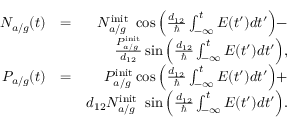
\begin{array} { r l r } { N _ { a / g } ( t ) } & { = } & { N _ { a / g } ^ { \mathrm { i n i t } } \ \cos \Big ( \frac { d _ { 1 2 } } { \hbar } \int _ { - \infty } ^ { t } E ( t ^ { \prime } ) d t ^ { \prime } \Big ) - } \\ & { } & { \frac { P _ { a / g } ^ { \mathrm { i n i t } } } { d _ { 1 2 } } \sin \Big ( \frac { d _ { 1 2 } } { \hbar } \int _ { - \infty } ^ { t } E ( t ^ { \prime } ) d t ^ { \prime } \Big ) , } \\ { P _ { a / g } ( t ) } & { = } & { P _ { a / g } ^ { \mathrm { i n i t } } \cos \Big ( \frac { d _ { 1 2 } } { \hbar } \int _ { - \infty } ^ { t } E ( t ^ { \prime } ) d t ^ { \prime } \Big ) + } \\ & { } & { d _ { 1 2 } N _ { a / g } ^ { \mathrm { i n i t } } \ \sin \Big ( \frac { d _ { 1 2 } } { \hbar } \int _ { - \infty } ^ { t } E ( t ^ { \prime } ) d t ^ { \prime } \Big ) . } \end{array}